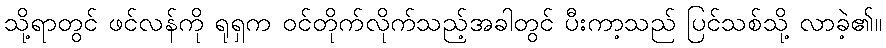
သို့ရာတွင် ဖင်လန်ကို ရုရှက ဝင်တိုက်လိုက်သည့်အခါတွင် ပီးကာ့သည် ပြင်သစ်သို့ လာခဲ့၏။